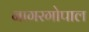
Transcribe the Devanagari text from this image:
नागरगोपाल